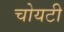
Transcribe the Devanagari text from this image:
चोयटी